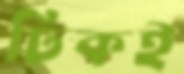
ঢিকই